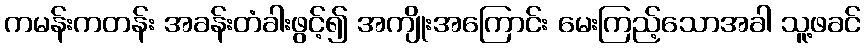
ကမန်းကတန်း အခန်းတံခါးဖွင့်၍ အကျိုးအကြောင်း မေးကြည့်သောအခါ သူ့ဖခင်